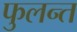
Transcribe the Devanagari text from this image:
फुलन्त